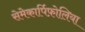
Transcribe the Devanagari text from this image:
सेमेकार्पिफ़ोलिया